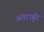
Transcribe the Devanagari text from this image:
अंतरार्बुद